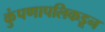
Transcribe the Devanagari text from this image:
कुंपणापलिकडून